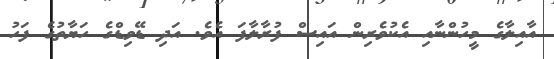
އާއިލާގެ މީހުންނާއި އެކުވެރިން އައިސް ފުރާލާފަ އެވެ. އަދި ޑޭވިޑްގެ ހަޔާތުގެ ފަހު